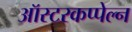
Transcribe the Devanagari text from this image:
ऑस्टरकप्पेल्न